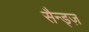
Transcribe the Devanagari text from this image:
सैन्ड्ज़